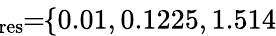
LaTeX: \! \! \! \! \overline{{\lambda}}_{\mathrm{{res}}}\! \! =\! \! \{ 0.01,0.1225,1.514\} \! \! \!